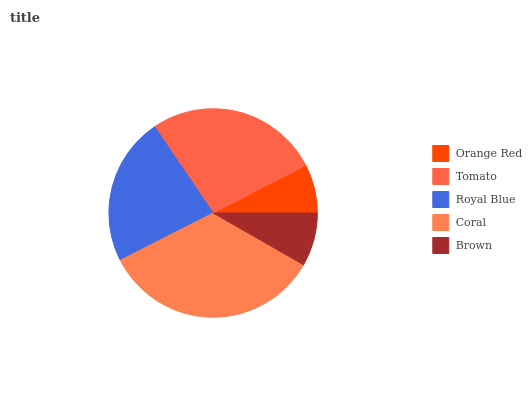
| Orange Red | Tomato | Royal Blue | Coral | Brown |
 | --- | --- | --- | --- | --- |
 | 7.56% | 26.9% | 23.1% | 34.2% | 8.27% |